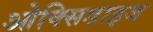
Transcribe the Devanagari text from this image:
ओक्सिडाइज